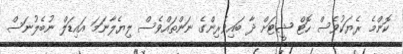
ކޮންމެ ރެޔަކުވެސް ހޮޓް ޝީޓަށް ދާ ބައިވެރިންގެ ނަންތައްވެސް ލިޔެލާނަމަ އައިޑަލް ނުބެލުނަސް